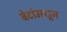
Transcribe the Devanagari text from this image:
बेटांमधून